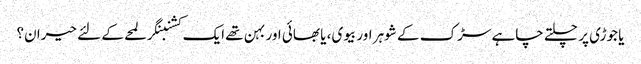
یا جوڑی پر چلتے چاہے سڑک کے شوہر اور بیوی، یا بھائی اور بہن تھے ایک کشنبنگر لمحے کے لئے حیران؟